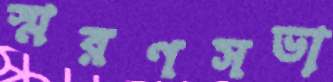
স্মরণসভা